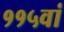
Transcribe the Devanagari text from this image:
११५वां